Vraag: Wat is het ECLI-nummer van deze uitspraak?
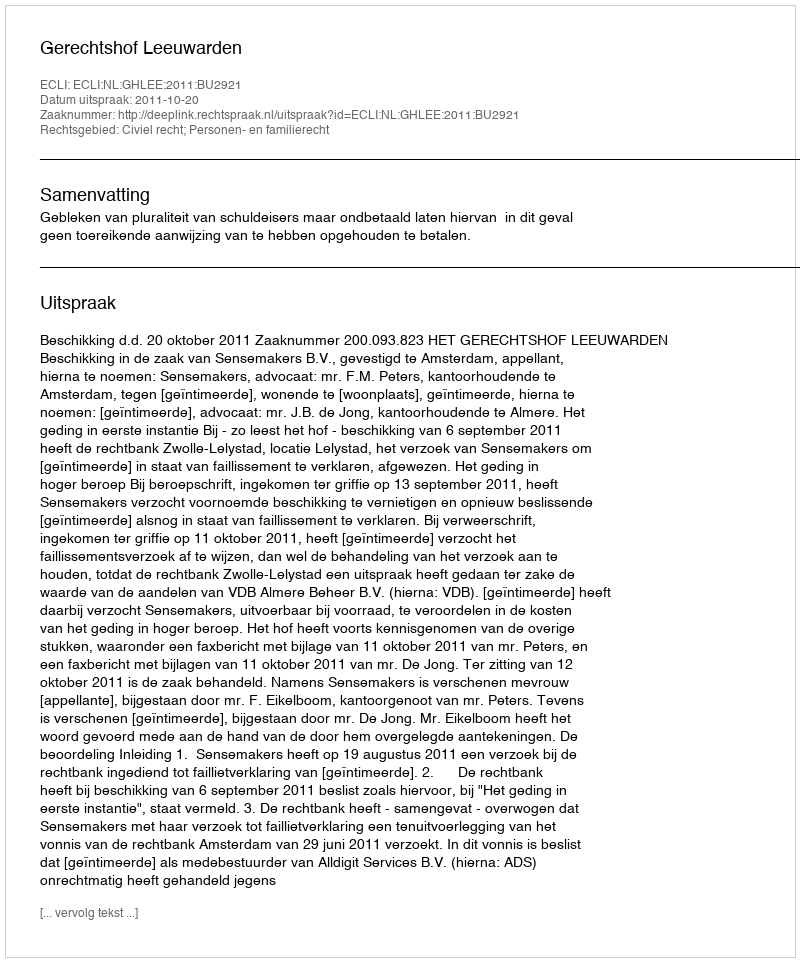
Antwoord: ECLI:NL:GHLEE:2011:BU2921